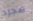
مجرد